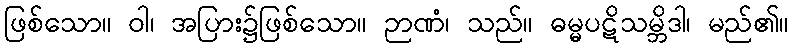
ဖြစ်သော။ ဝါ၊ အပြား၌ဖြစ်သော။ ဉာဏံ၊ သည်။ ဓမ္မပဋိသမ္ဘိဒါ၊ မည်၏။